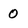
Character: 0